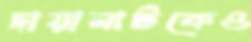
ছায়ানাটকেও